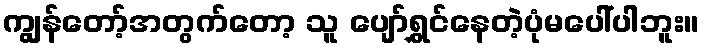
ကျွန်တော့်အတွက်တော့ သူ ပျော်ရွှင်နေတဲ့ပုံမပေါ်ပါဘူး။